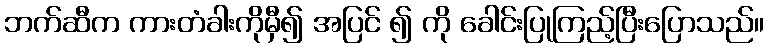
ဘက်ဆီက ကားတံခါးကိုမှီ၍ အပြင် ၍ ကို ခေါင်းပြုကြည့်ပြီးပြောသည်။